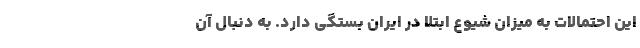
این احتمالات به میزان شیوع ابتلا در ایران بستگی دارد. به دنبال آن